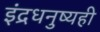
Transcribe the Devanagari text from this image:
इंद्रधनुष्यही